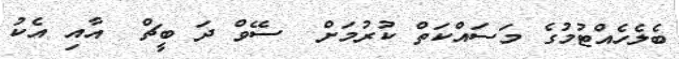
ބެލެހެއްޓުމުގެ މަސައްކަތް ކުރުމަށް  ސޭވް ދަ ބީޗް  އާއި އެކު